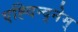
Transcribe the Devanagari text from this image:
एह्दिन्द्नेम्